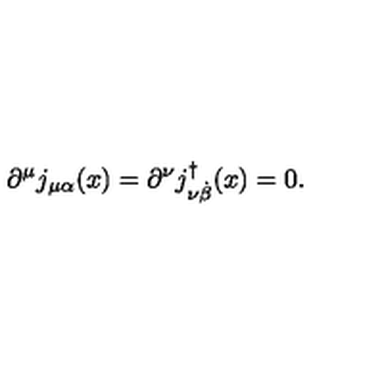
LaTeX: \partial ^ { \mu } j _ { \mu \alpha } ( x ) = \partial ^ { \nu } j _ { \nu { \dot { \beta } } } ^ { \dag } ( x ) = 0 .